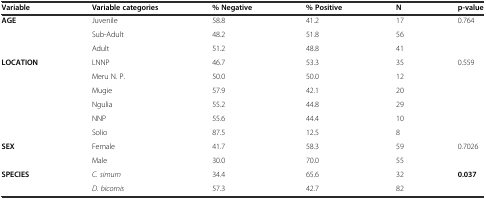
<table><thead><tr><td><b>Variable</b></td><td><b>Variable categories</b></td><td><b>% Negative</b></td><td><b>% Positive</b></td><td><b>N</b></td><td><b>p-value</b></td></tr></thead><tbody><tr><td><b>AGE</b></td><td>Juvenile</td><td>58.8</td><td>41.2</td><td>17</td><td>0.764</td></tr><tr><td></td><td>Sub-Adult</td><td>48.2</td><td>51.8</td><td>56</td><td></td></tr><tr><td></td><td>Adult</td><td>51.2</td><td>48.8</td><td>41</td><td></td></tr><tr><td><b>LOCATION</b></td><td>LNNP</td><td>46.7</td><td>53.3</td><td>35</td><td>0.559</td></tr><tr><td></td><td>Meru N. P.</td><td>50.0</td><td>50.0</td><td>12</td><td></td></tr><tr><td></td><td>Mugie</td><td>57.9</td><td>42.1</td><td>20</td><td></td></tr><tr><td></td><td>Ngulia</td><td>55.2</td><td>44.8</td><td>29</td><td></td></tr><tr><td></td><td>NNP</td><td>55.6</td><td>44.4</td><td>10</td><td></td></tr><tr><td></td><td>Solio</td><td>87.5</td><td>12.5</td><td>8</td><td></td></tr><tr><td><b>SEX</b></td><td>Female</td><td>41.7</td><td>58.3</td><td>59</td><td>0.7026</td></tr><tr><td></td><td>Male</td><td>30.0</td><td>70.0</td><td>55</td><td></td></tr><tr><td><b>SPECIES</b></td><td><i>C. simum</i></td><td>34.4</td><td>65.6</td><td>32</td><td><b>0.037</b></td></tr><tr><td></td><td><i>D. bicornis</i></td><td>57.3</td><td>42.7</td><td>82</td><td></td></tr></tbody></table>